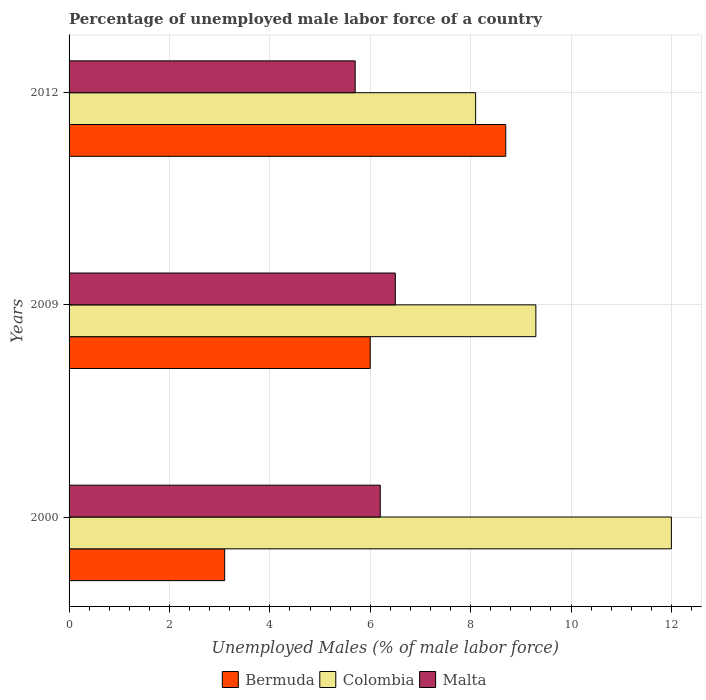
| Years | Bermuda | Colombia | Malta |
 | --- | --- | --- | --- |
 | 2000 | 3.1 | 12 | 6.2 |
 | 2009 | 6 | 9.3 | 6.5 |
 | 2012 | 8.7 | 8.1 | 5.7 |